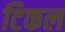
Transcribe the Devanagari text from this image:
टिकल